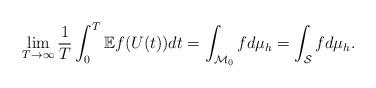
LaTeX: \begin{align*}\lim_{T\to\infty}\frac1T\int_0^T\mathbb{E}f(U(t))dt=\int_{\mathcal{M}_0}fd\mu_h=\int_{\mathcal{S}}fd\mu_h.\end{align*}